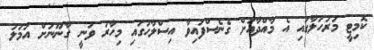
ކޮމިޓީ މަރުހަލާގައި އެ މާއްދާއަށް ގެނެސްފައިވާ އިސްލާހުގައި މިހާރު ވަނީ ގާނޫނަށް އަމަލު